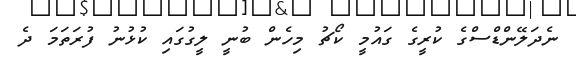
ނެދަލޭންޑްސްގެ ކުރީގެ ގައުމީ ކޯޗު މިހެން ބުނީ ލީގުގައި ކުޅުނު ފުރަތަމަ ދެ